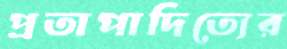
প্রতাপাদিত্যের